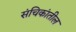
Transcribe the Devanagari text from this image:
संचिकांतील